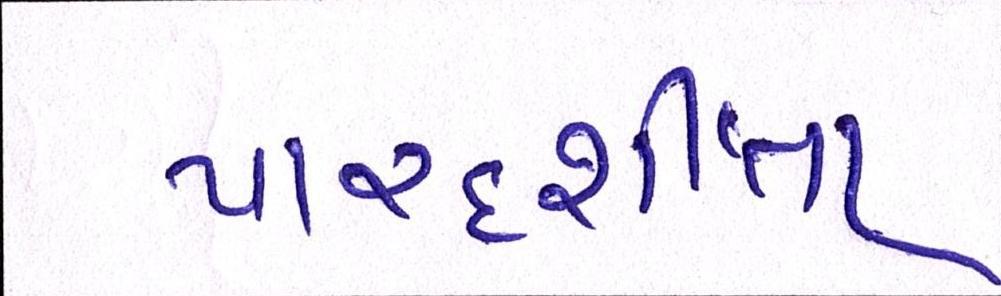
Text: પારદર્શીતા